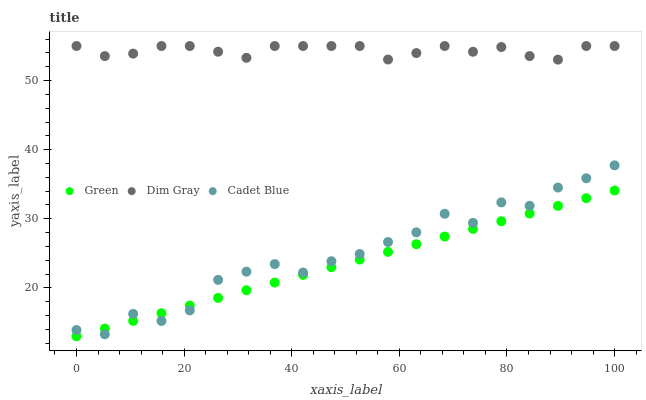
| xaxis_label | Green | Dim Gray | Cadet Blue |
 | --- | --- | --- | --- |
 | 0 | 13 | 55 | 13.9 |
 | 5.26 | 14.1 | 53.5 | 13.3 |
 | 10.5 | 15.2 | 53.9 | 16.2 |
 | 15.8 | 16.3 | 55 | 15.2 |
 | 21.1 | 17.4 | 55 | 16.7 |
 | 26.3 | 18.5 | 54.2 | 21.2 |
 | 31.6 | 19.7 | 53.3 | 22.3 |
 | 36.8 | 20.8 | 55 | 23.4 |
 | 42.1 | 21.9 | 55 | 22.2 |
 | 47.4 | 23 | 55 | 23.9 |
 | 52.6 | 24.1 | 55 | 24.9 |
 | 57.9 | 25.2 | 53 | 26.6 |
 | 63.2 | 26.3 | 54 | 28 |
 | 68.4 | 27.4 | 55 | 30.7 |
 | 73.7 | 28.5 | 54.2 | 29.4 |
 | 78.9 | 29.6 | 54.9 | 32.4 |
 | 84.2 | 30.8 | 53.5 | 31.9 |
 | 89.5 | 31.9 | 53 | 34.5 |
 | 94.7 | 33 | 55 | 35.9 |
 | 100 | 34.1 | 55 | 37.7 |